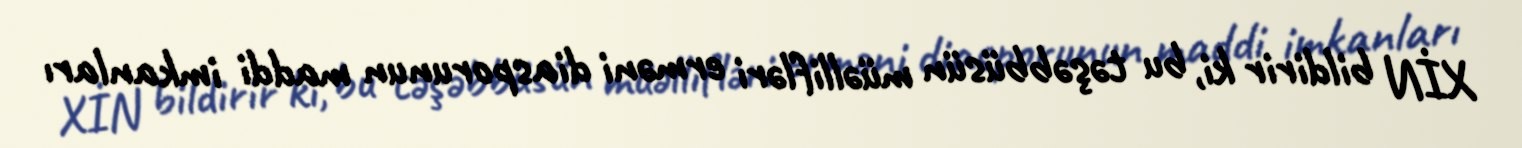
XİN bildirir ki, bu təşəbbüsün müəllifləri erməni diasporunun maddi imkanları